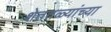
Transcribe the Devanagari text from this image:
शेततळ्यांच्या